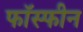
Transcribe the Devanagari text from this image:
फॉस्फीन